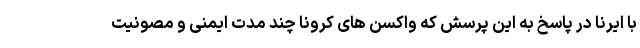
با ایرنا در پاسخ به این پرسش که واکسن های کرونا چند مدت ایمنی و مصونیت